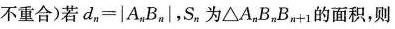
不重合)若$$d _ { n } = \left | A _ { n } B _ { n } \right | , S _ { n }$$ 为\triangle A_{n} B_{n} B_{n+1}的面积，则